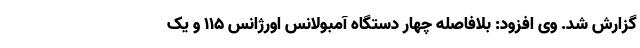
گزارش شد. وی افزود: بلافاصله چهار دستگاه آمبولانس اورژانس ۱۱۵ و یک